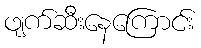
ဖျက်ဆီးနေကြောင်း